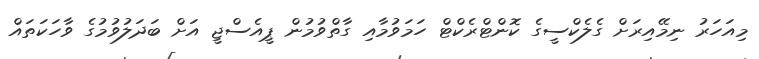
މިއަހަރު ނިމޭއިރަށް ގެލެކްސީގެ ކޮންޓްރެކްޓް ހަމަވުމާއި ގާތްވުމުން ޕީއެސްޖީ އަށް ބަދަލުވުމުގެ ވާހަކަތައް